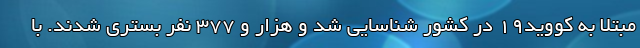
مبتلا به کووید۱۹ در کشور شناسایی شد و هزار و ۳۷۷ نفر بستری شدند. با